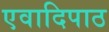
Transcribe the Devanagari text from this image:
एवादिपाठ